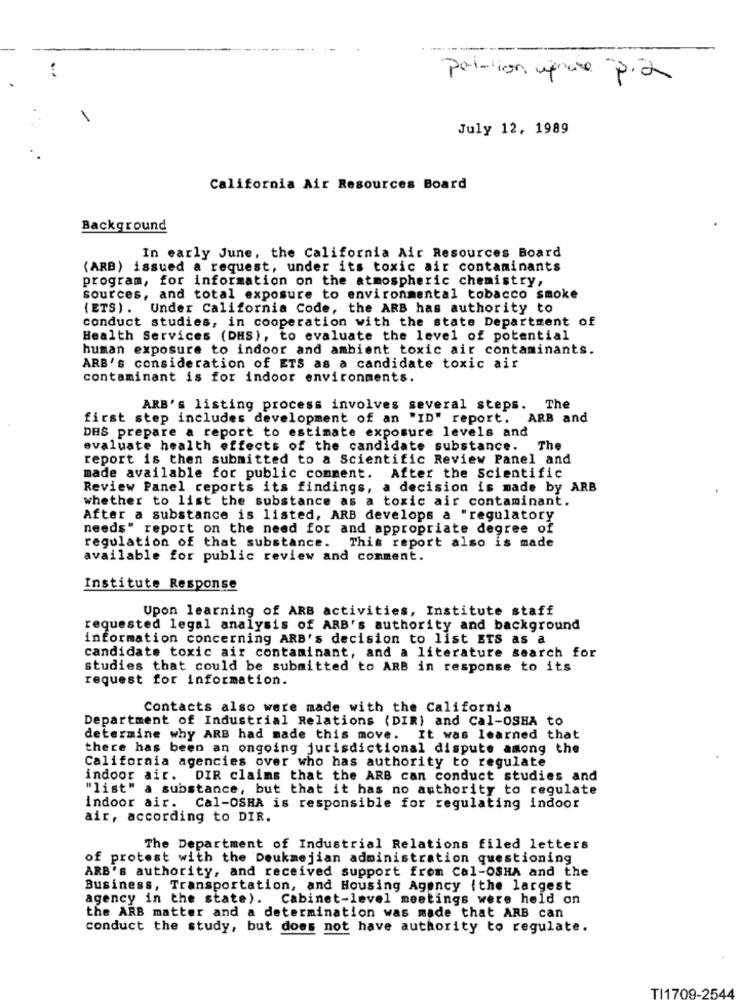
polation upde pia
July 12, 1989
California Air Resources Board
Background
In early June, the California Air Resources Board
(ARB) issued a request, under its toxic air contaminants
program, for information on the atmospheric chemistry,
sources, and total exposure to environmental tobacco smoke
(ETS). Under California Code, the ARB has authority to
conduct studies, in cooperation with the state Department of
Health Services (DHS), to evaluate the level of potential
human exposure to indoor and ambient toxic air contaminants.
ARB's consideration of ETS as a candidate toxic air
contaminant is for indoor environments.
ARB's listing process involves several steps. The
first step includes development of an "ID" report. ARB and
DAS prepare a report to estimate exposure levels and
evaluate health effects of the candidate substance.
The
report is then submitted to a Scientific Review Panel and
made available for public comment. After the Scientific
Review Panel reports its findings, a decision is made by ARB
whether to list the substance as a toxic air contaminant.
After a substance is listed, ARB develops a "regulatory
needs" report on the need for and appropriate degree of
regulation of that substance. This report also is made
available for public review and comment.
Institute Response
Upon learning of ARB activities, Institute staff
requested legal analysis of ARB's authority and background
information concerning ARB's decision to list ETS as a
candidate toxic air contaminant, and a literature search for
studies that could be submitted to ARB in response to its
request for information.
Contacts also were made with the California
Department of Industrial Relations (DIR) and Cal-OSHA to
determine why ARB had made this move. It was learned that
there has been an ongoing jurisdictional dispute among the
California agencies over who has authority to regulate
indoor air. DIR claims that the ARB can conduct studies and
"list" a substance, but that it has no authority to regulate
indoor air. Cal-OSHA is responsible for regulating indoor
air, according to DIR.
The Department of Industrial Relations filed letters
of protest with the Deukmejian administration questioning
ARB's authority, and received support from Cal-OSHA and the
Business, Transportation, and Housing Agency (the largest
agency in the state). Cabinet-level meetings were held on
the ARB matter and a determination was made that ARB can
conduct the study, but does not have authority to regulate.
TI1709-2544